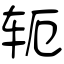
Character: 轭